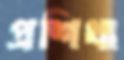
প্রশিখা